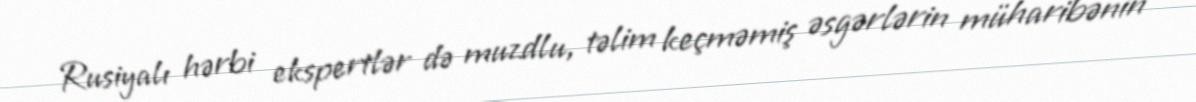
Rusiyalı hərbi ekspertlər də muzdlu, təlim keçməmiş əsgərlərin müharibənin